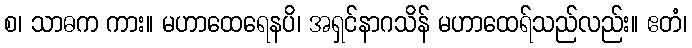
စ၊ သာဓက ကား။ မဟာထေရေနပိ၊ အရှင်နာဂသိန် မဟာထေရ်သည်လည်း။ ဧတံ၊